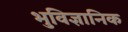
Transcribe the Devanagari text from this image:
भुविज्ञानिक